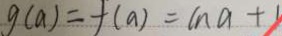
g ( a ) = f ( a ) = ( n a + 1